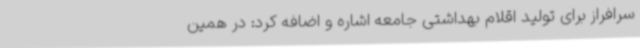
سرافراز برای تولید اقلام بهداشتی جامعه اشاره و اضافه کرد: در همین